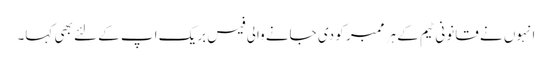
انہوں نے قانونی ٹیم کے ہر ممبر کو دی جانے والی فیس بریک اپ کے لئے بھی کہا۔